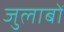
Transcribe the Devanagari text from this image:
जुलाबों